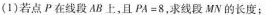
(1)若点P在线段AB上，且$$P A = 8$$，求线段MN的长度；